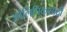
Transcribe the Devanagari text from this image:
ओलिंपिकसाठी